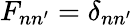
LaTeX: F_{nn^{\prime}}=\delta_{nn^{\prime}}